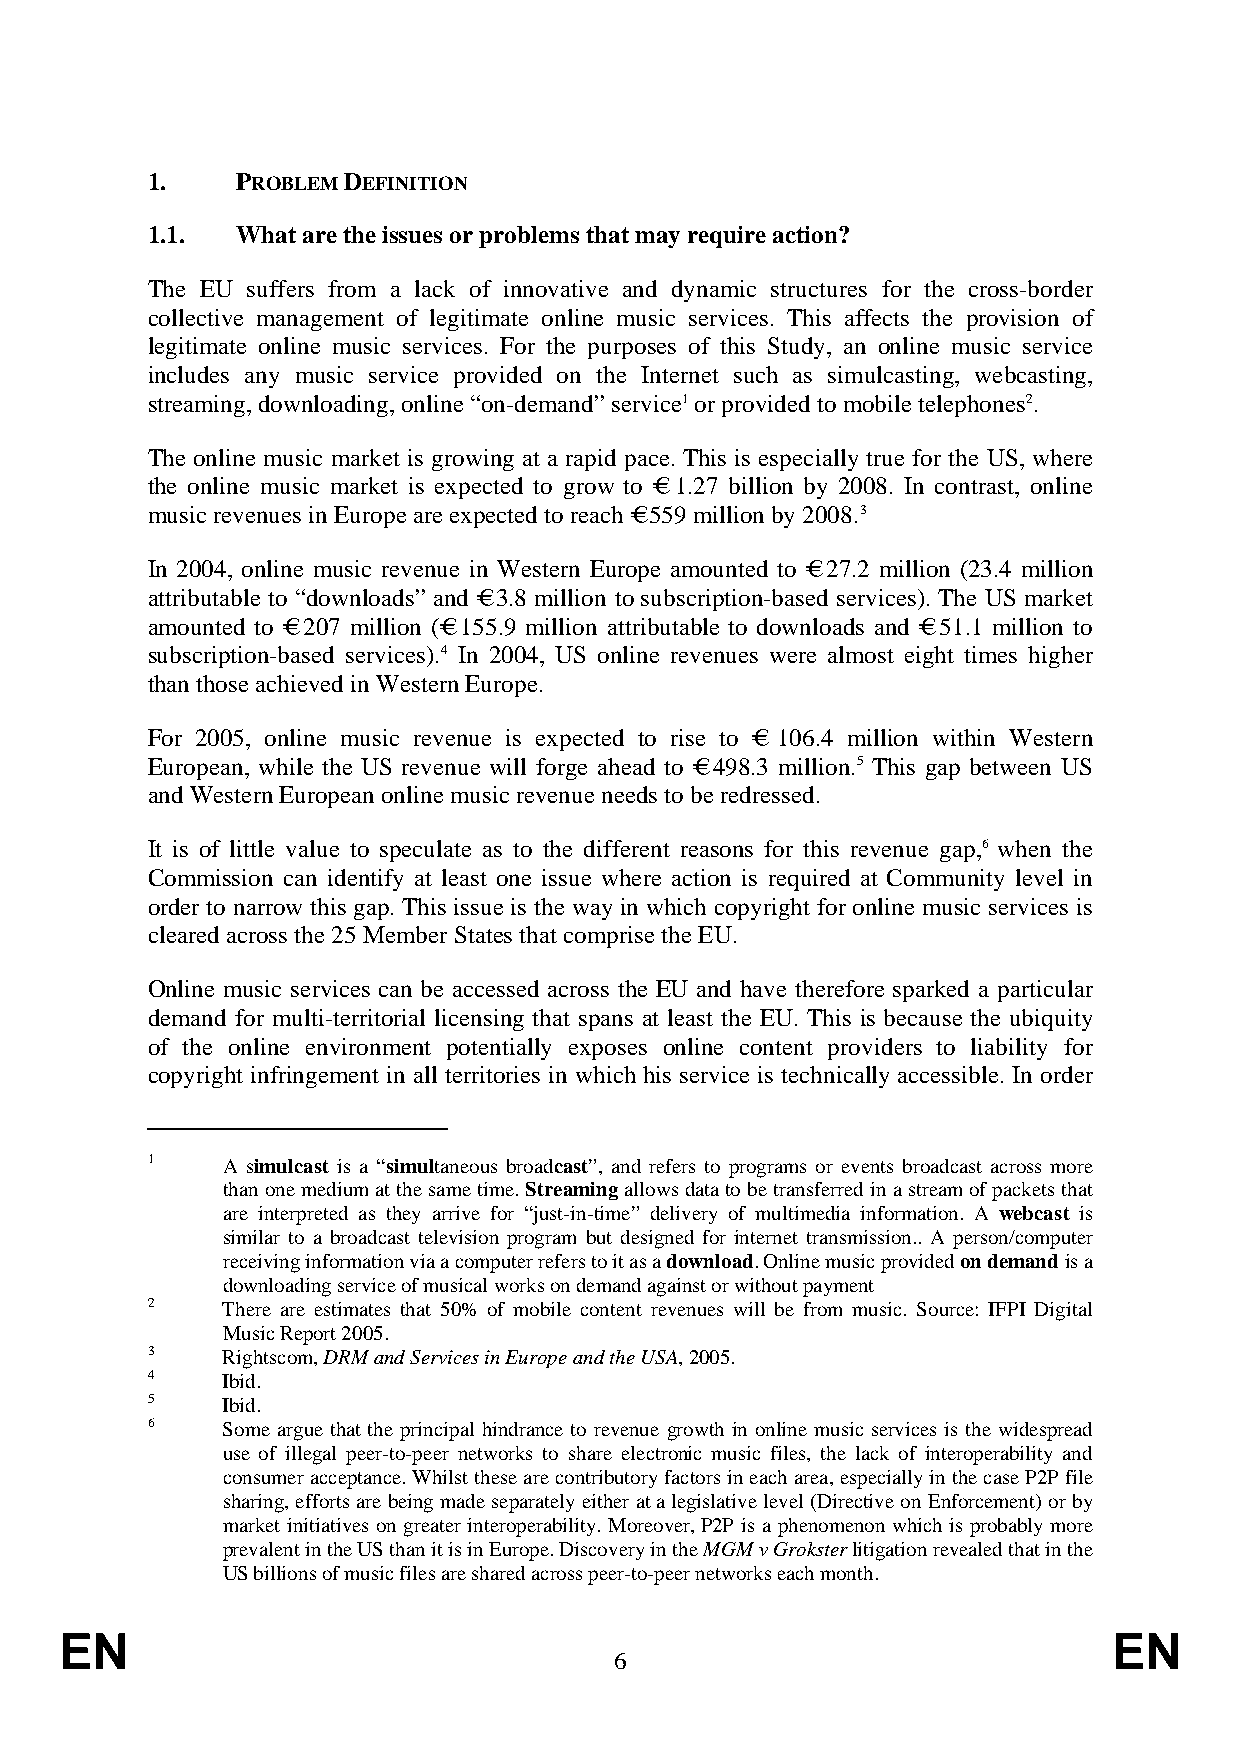
1.    PROBLEM DEFINITION
 1.1.  What are the issues or problems that may require action?
 The EU suffers from a lack of innovative and dynamic structures for the cross-border
 collective management of legitimate online music services. This affects the provision of
 legitimate online music services. For the purposes of this Study, an online music service
 includes any music service provided on the Internet such as simulcasting, webcasting,
 streaming, downloading, online “on-demand” service1 or provided to mobile telephones2.
 The online music market is growing at a rapid pace. This is especially true for the US, where
 the online music market is expected to grow to € 1.27 billion by 2008. In contrast, online
 music revenues in Europe are expected to reach € 559 million by 2008. 3
 In 2004, online music revenue in Western Europe amounted to € 27.2 million (23.4 million
 attributable to “downloads” and € 3.8 million to subscription-based services). The US market
 amounted to € 207 million (€ 155.9 million attri butable to downloads and € 51.1 million to
 subscription-based services).4 In 2004, US online revenues were almost eight times higher
 than those achieved in Western Europe.
 For 2005, online music revenue is expected to rise to € 106.4 million within Western
 European, while the US revenue will forge ahead to € 498.3 million. 5 This gap between US
 and Western European online music revenue needs to be redressed.
 It is of little value to speculate as to the different reasons for this revenue gap,6 when the
 Commission can identify at least one issue where action is required at Community level in
 order to narrow this gap. This issue is the way in which copyright for online music services is
 cleared across the 25 Member States that comprise the EU.
 Online music services can be accessed across the EU and have therefore sparked a particular
 demand for multi-territorial licensing that spans at least the EU. This is because the ubiquity
 of the online environment potentially exposes online content providers to liability for
 copyright infringement in all territories in which his service is technically accessible. In order
 1    A simulcast is a “simultaneous broadcast”, and refers to programs or events broadcast across more
 than one medium at the same time. Streaming allows data to be transferred in a stream of packets that
 are interpreted as they arrive for “just-in-time” delivery of multimedia information. A webcast is
 similar to a broadcast television program but designed for internet transmission.. A person/computer
 receiving information via a computer refers to it as a download. Online music provided on demand is a
 downloading service of musical works on demand against or without payment
 2    There are estimates that 50% of mobile content revenues will be from music. Source: IFPI Digital
 Music Report 2005.
 3    Rightscom, DRM and Services in Europe and the USA, 2005.
 4    Ibid.
 5    Ibid.
 6    Some argue that the principal hindrance to revenue growth in online music services is the widespread
 use of illegal peer-to-peer networks to share electronic music files, the lack of interoperability and
 consumer acceptance. Whilst these are contributory factors in each area, especially in the case P2P file
 sharing, efforts are being made separately either at a legislative level (Directive on Enforcement) or by
 market initiatives on greater interoperability. Moreover, P2P is a phenomenon which is probably more
 prevalent in the US than it is in Europe. Discovery in the MGM v Grokster litigation revealed that in the
 US billions of music files are shared across peer-to-peer networks each month.
 EN                                                                    EN
 6